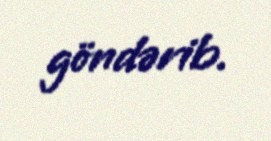
göndərib.